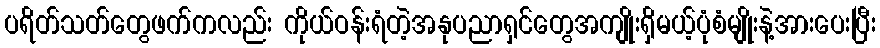
ပရိတ်သတ်တွေဖက်ကလည်း ကိုယ်ဝန်းရံတဲ့အနုပညာရှင်တွေအကျိုးရှိမယ့်ပုံစံမျိုးနဲ့အားပေးပြီး